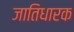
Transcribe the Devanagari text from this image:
जातिधारक